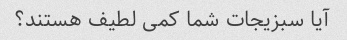
آیا سبزیجات شما کمی لطیف هستند؟